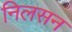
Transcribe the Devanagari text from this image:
निलसन